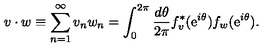
v \cdot w \equiv \sum _ { n = 1 } ^ { \infty } v _ { n } w _ { n } = \int _ { 0 } ^ { 2 \pi } { \frac { d \theta } { 2 \pi } } f _ { v } ^ { * } ( \mathrm { e } ^ { i \theta } ) f _ { w } ( \mathrm { e } ^ { i \theta } ) .